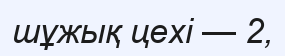
шұжық цехі — 2,